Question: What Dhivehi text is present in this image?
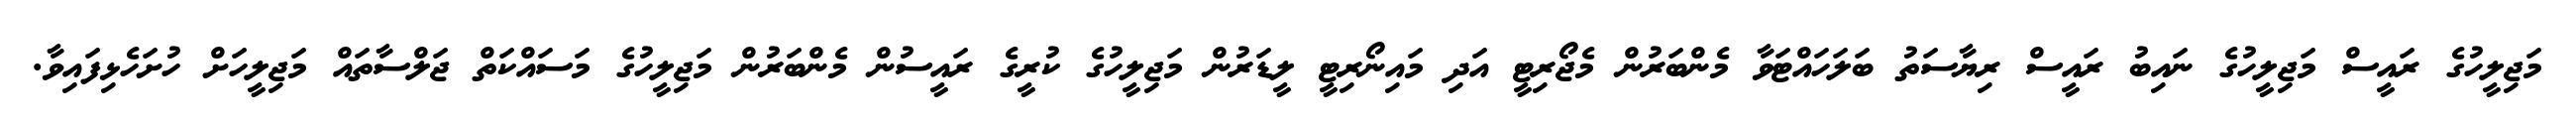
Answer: މަޖިލީހުގެ ރައީސް މަޖިލީހުގެ ނައިބު ރައީސް ރިޔާސަތު ބަލަހައްޓަވާ މެންބަރުން މެޖޯރިޓީ އަދި މައިނޯރިޓީ ލީޑަރުން މަޖިލީހުގެ ކުރީގެ ރައީސުން މެންބަރުން މަޖިލީހުގެ މަސައްކަތް ޖަލްސާތައް މަޖިލީހަށް ހުށަހެޅިފައިވާ.